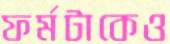
ফর্মটাকেও